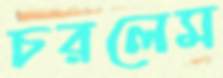
চরলেম